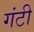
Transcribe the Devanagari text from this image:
गंटी